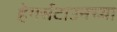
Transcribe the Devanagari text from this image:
हेगर्सटाउनच्या